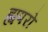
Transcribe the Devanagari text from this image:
ह्यपरो